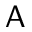
\mathsf { A }